Epidemic dropsy in Calcutta - Number 49
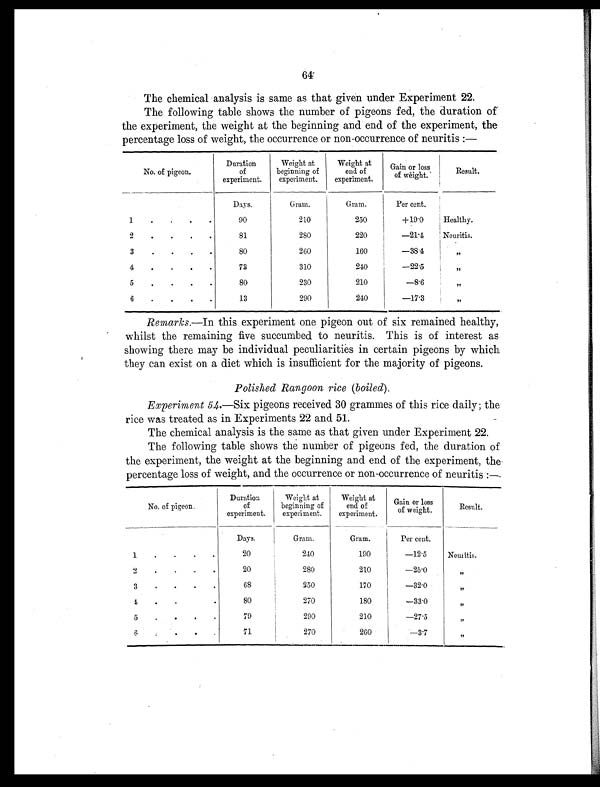
64
The chemical analysis is same as that given under Experiment 22.
The following table shows the number of pigeons fed, the duration of
the experiment, the weight at the beginning and end of the experiment, the
percentage loss of weight, the occurrence or non-occurrence of neuritis:—
No. of pigeon.
Duration
of
experiment.
Weight at
beginning of
experiment.
Weight at
end of
experiment.
Gain or loss
of weight.
Result.
Days.
Gram.
Gram.
Per cent.
1
.
.
.
.
90
210
250
+19.0
Healthy.
2
.
. .
81
280
220
—21.4
Neuritis.
3
.
. .
80
260
160
—38.4
, ,
4
.
. .
73
310
2 4 0
— 2 2 . 5
, ,
5
.
. .
80
230
210
—8.6
, ,
6
.
. .
13
290
240
—17.3
, ,
Remarks.—In this experiment one pigeon out of six remained healthy,
whilst the remaining five succumbed to neuritis. This is of interest as
showing there may be individual peculiarities in certain pigeons by which
they can exist on a diet which is insufficient for the majority of pigeons.
Polished Rangoon rice (boiled).
Experiment 54.—Six pigeons received 30 grammes of this rice daily; the
rice was treated as in Experiments 22 and 51.
-
The chemical analysis is the same as that given under Experiment 22.
The following table shows the number of pigeons fed, the duration of
the experiment, the weight at the beginning and end of the experiment, the
percentage loss of weight, and the occurrence or non-occurrence of neuritis:—
No. of pigeon.
Duration
of
experiment.
Weight at
beginning of
experiment.
Weight at
end of
experiment.
Gain or loss
of weight.
Result.
Days.
Gram.
Gram.
Per cent.
1
. . . .
20
240
190
—12.5
Neuritis.
2
. . .
20
280
210
—25.0
, ,
3
•
•
•
•
68
250
170
—32.0
,,
1
.
. .
80
270
180
—33.0
, ,
5
. . .
79
290
210
—27.5
, ,
6
•
•
•
71
270
260
—3.7
, ,